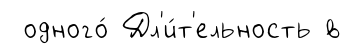
одного́ Дл'и́т'ельность в